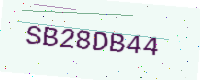
Text: SB28DB44